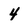
Character: 4